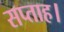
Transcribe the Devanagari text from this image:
सप्ताह।